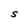
Character: S